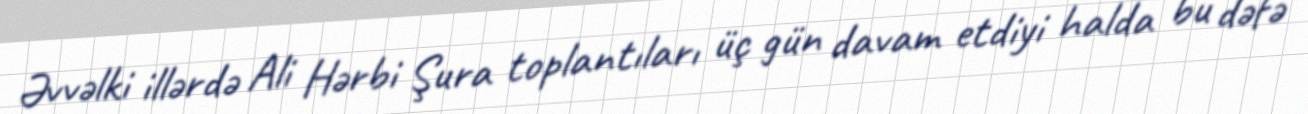
Əvvəlki illərdə Ali Hərbi Şura toplantıları üç gün davam etdiyi halda bu dəfə